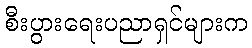
စီးပွားရေးပညာရှင်များက